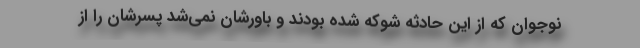
نوجوان که از این حادثه شوکه شده بودند و باورشان نمی‌شد پسرشان را از